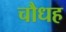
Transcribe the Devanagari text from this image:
चौधह